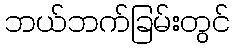
ဘယ်ဘက်ခြမ်းတွင်